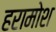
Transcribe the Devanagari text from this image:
हरामोश